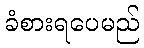
ခံစားရပေမည်